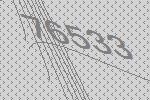
76533